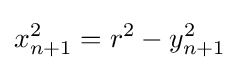
{\begin{aligned}x_{n+1}^{2}=r^{2}-y_{n+1}^{2}\end{aligned}}